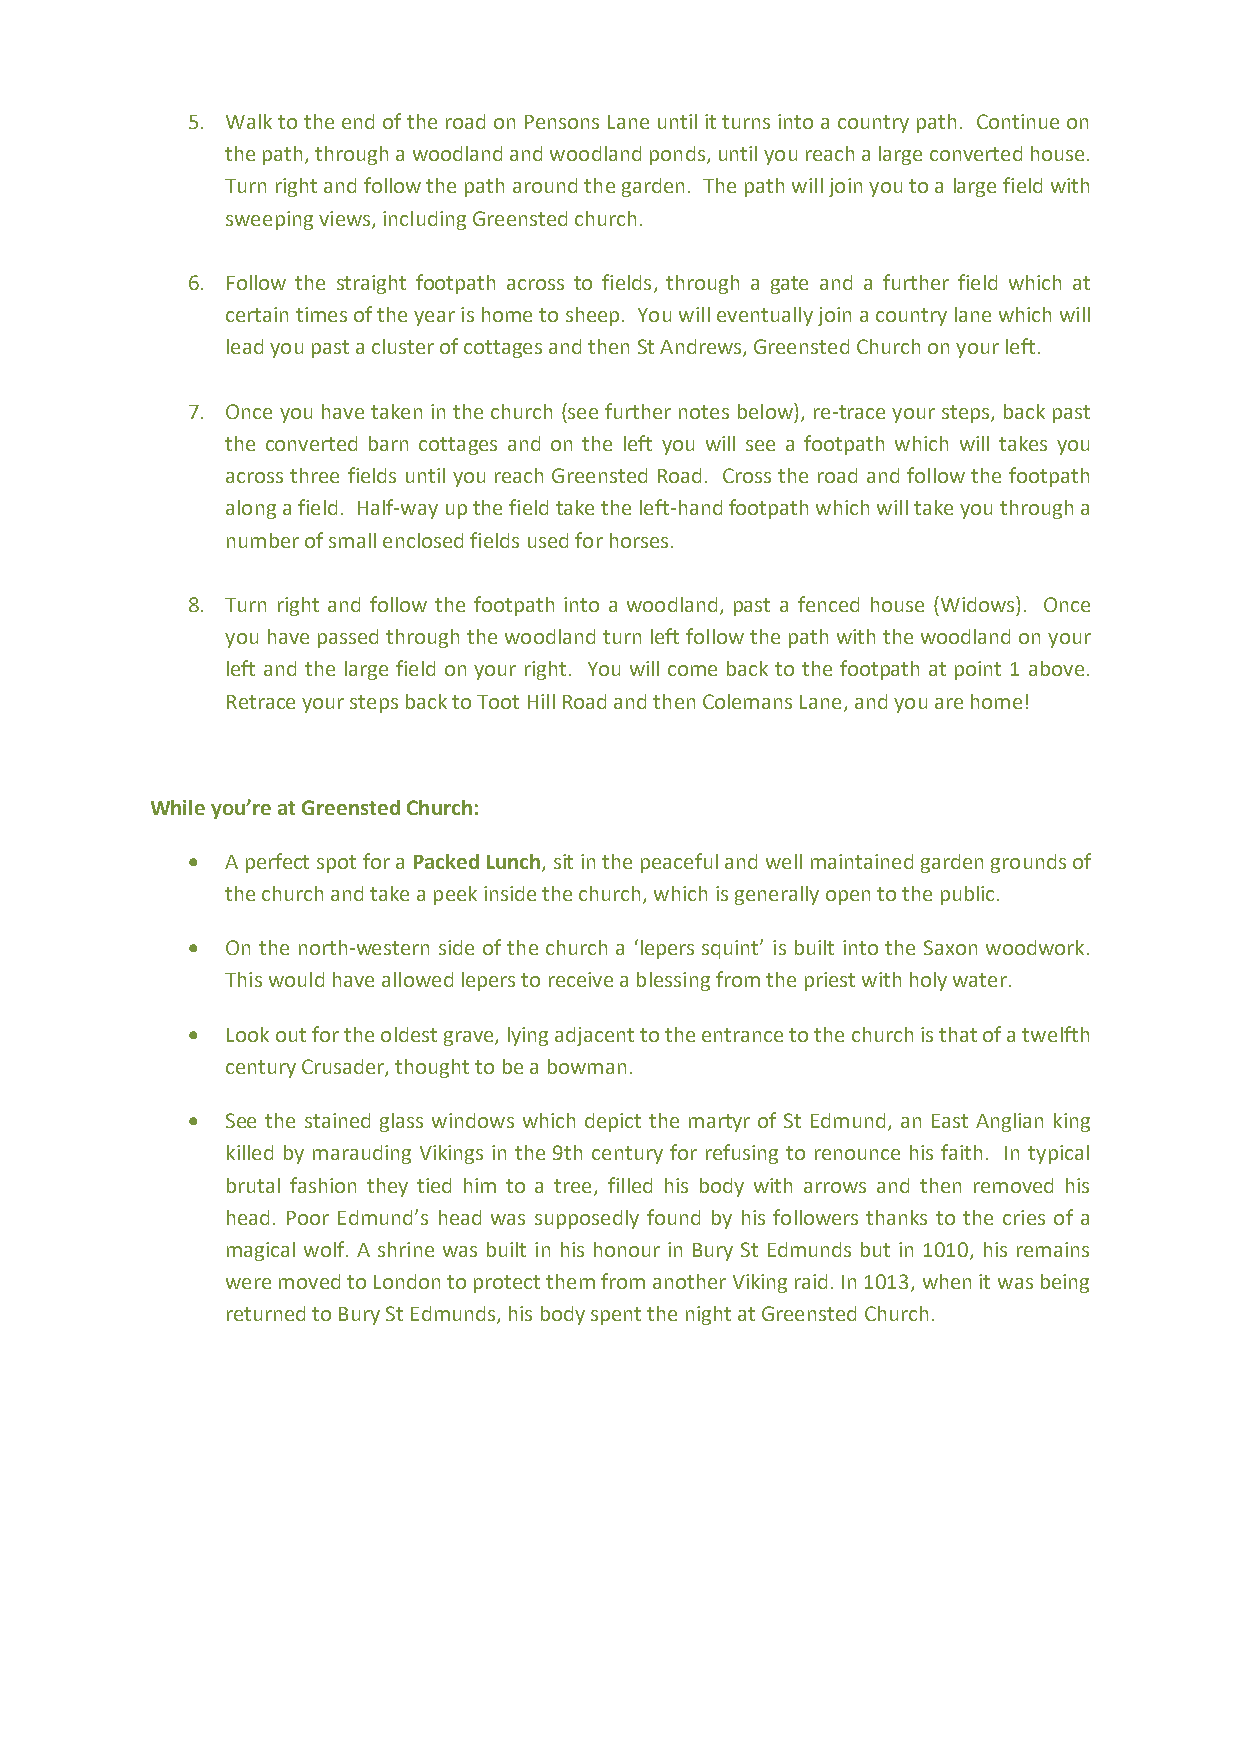
5. Walk to the end of the road on Pensons Lane until it turns into a country path. Continue on
 the path, through a woodland and woodland ponds, until you reach a large converted house.
 Turn right and follow the path around the garden. The path will join you to a large field with
 sweeping views, including Greensted church.
 6. Follow the straight footpath across to fields, through a gate and a further field which at
 certain times of the year is home to sheep. You will eventually join a country lane which will
 lead you past a cluster of cottages and then St Andrews, Greensted Church on your left.
 7. Once you have taken in the church (see further notes below), re-trace your steps, back past
 the converted barn cottages and on the left you will see a footpath which will takes you
 across three fields until you reach Greensted Road. Cross the road and follow the footpath
 along a field. Half-way up the field take the left-hand footpath which will take you through a
 number of small enclosed fields used for horses.
 8. Turn right and follow the footpath into a woodland, past a fenced house (Widows). Once
 you have passed through the woodland turn left follow the path with the woodland on your
 left and the large field on your right. You will come back to the footpath at point 1 above.
 Retrace your steps back to Toot Hill Road and then Colemans Lane, and you are home!
 While you’re at Greensted Church:
 •  A perfect spot for a Packed Lunch, sit in the peaceful and well maintained garden grounds of
 the church and take a peek inside the church, which is generally open to the public.
 •  On the north-western side of the church a ‘lepers squint’ is built into the Saxon woodwork.
 This would have allowed lepers to receive a blessing from the priest with holy water.
 •  Look out for the oldest grave, lying adjacent to the entrance to the church is that of a twelfth
 century Crusader, thought to be a bowman.
 •  See the stained glass windows which depict the martyr of St Edmund, an East Anglian king
 killed by marauding Vikings in the 9th century for refusing to renounce his faith. In typical
 brutal fashion they tied him to a tree, filled his body with arrows and then removed his
 head. Poor Edmund’s head was supposedly found by his followers thanks to the cries of a
 magical wolf. A shrine was built in his honour in Bury St Edmunds but in 1010, his remains
 were moved to London to protect them from another Viking raid. In 1013, when it was being
 returned to Bury St Edmunds, his body spent the night at Greensted Church.